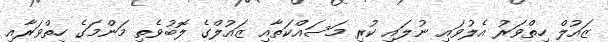
ޒައުލް ހިތްވަރު އެލުވައި ނުލައި ކުރި މަސައްކަތާއި ޒައުލްގެ ލޮބުވެތި މަންމަގެ ހިތްވަރާއި